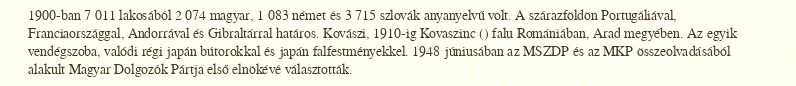
1900-ban 7 011 lakosából 2 074 magyar, 1 083 német és 3 715 szlovák anyanyelvű volt. A szárazföldön Portugáliával, Franciaországgal, Andorrával és Gibraltárral határos. Kovászi, 1910-ig Kovaszinc () falu Romániában, Arad megyében. Az egyik vendégszoba, valódi régi japán bútorokkal és japán falfestményekkel. 1948 júniusában az MSZDP és az MKP összeolvadásából alakult Magyar Dolgozók Pártja első elnökévé választották.